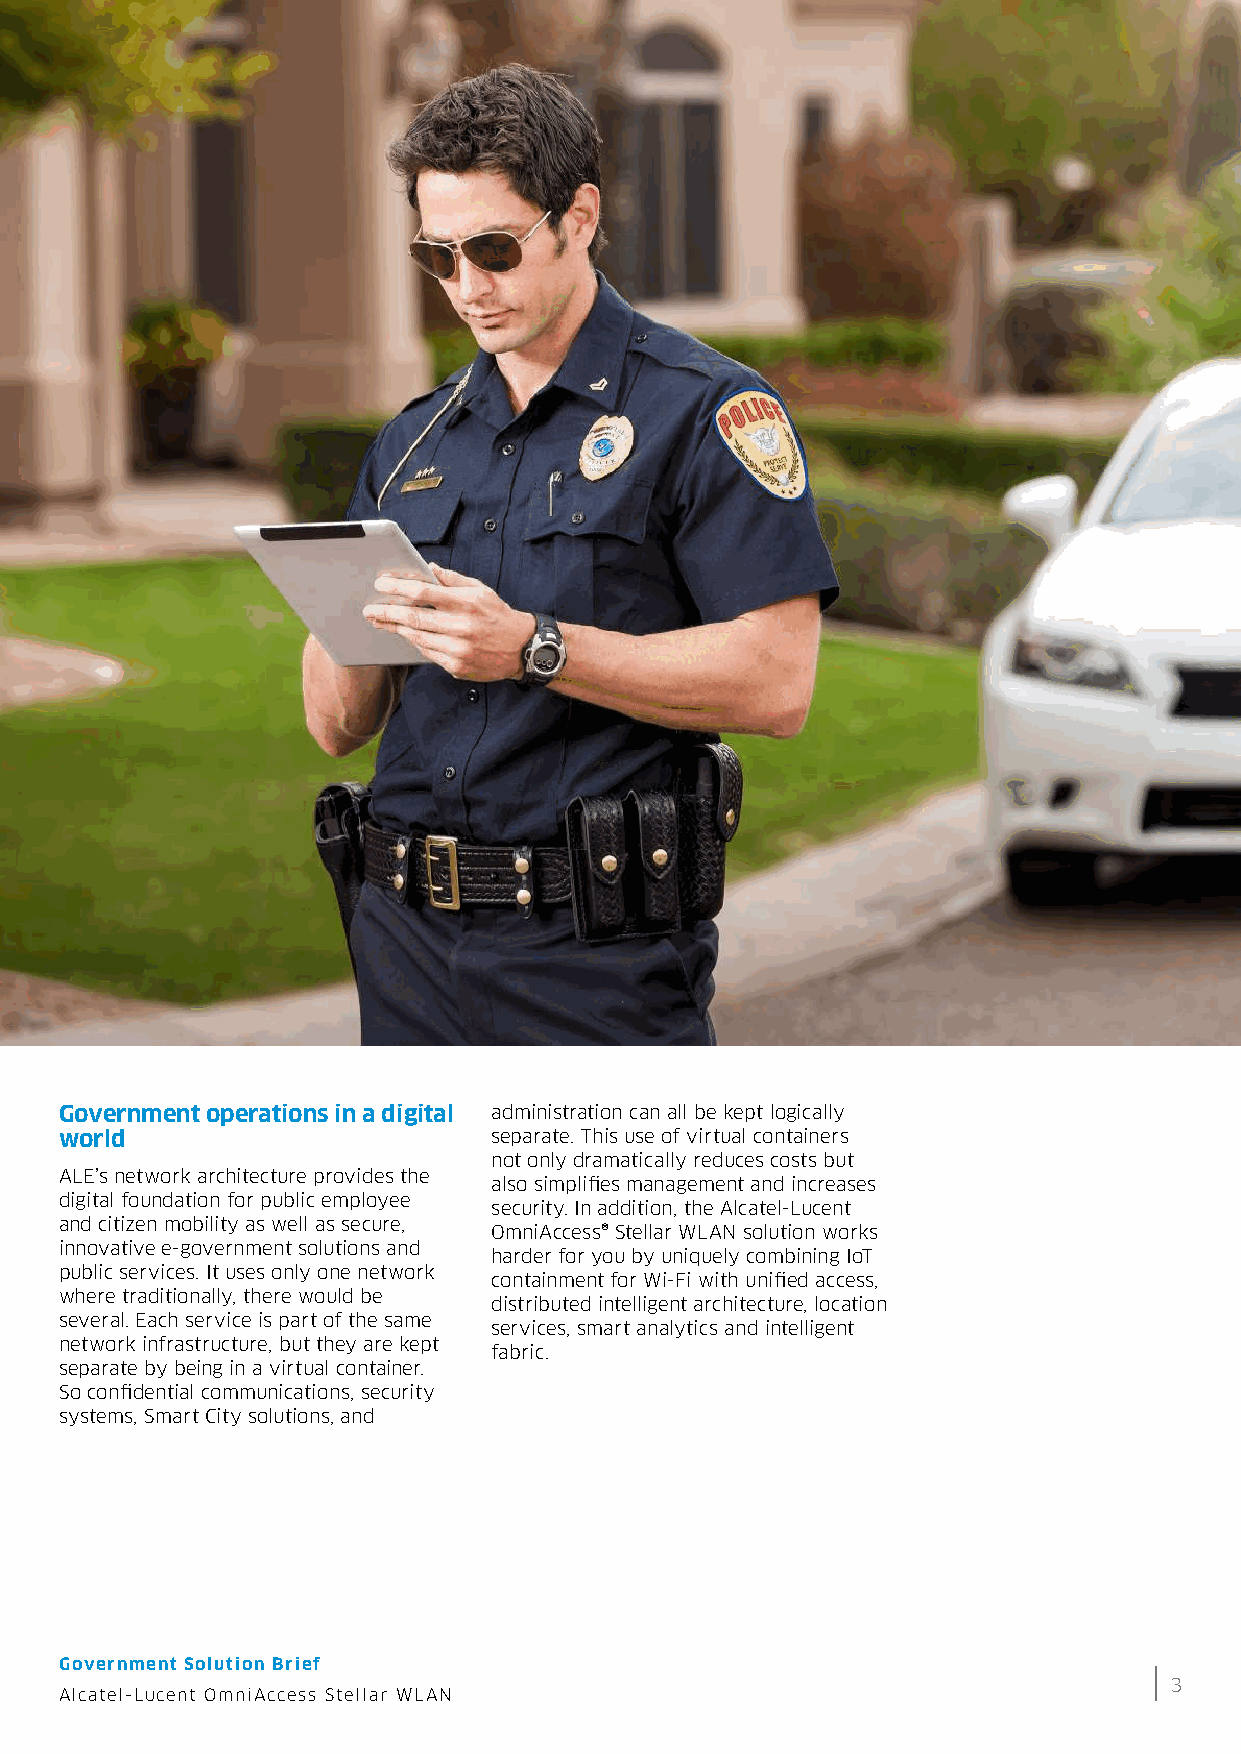
Government operations in a digital administration can all be kept logically
 world                       separate. This use of virtual containers
 not only dramatically reduces costs but
 ALE’s network architecture provides the
 also simplifies management and increases
 digital foundation for public employee
 security. In addition, the Alcatel-Lucent
 and citizen mobility as well as secure,
 OmniAccess® Stellar WLAN solution works
 innovative e-government solutions and
 harder for you by uniquely combining IoT
 public services. It uses only one network
 containment for Wi-Fi with unified access,
 where traditionally, there would be
 distributed intelligent architecture, location
 several. Each service is part of the same
 services, smart analytics and intelligent
 network infrastructure, but they are kept
 fabric.
 separate by being in a virtual container.
 So confidential communications, security
 systems, Smart City solutions, and
 Government Solution Brief
 3
 Alcatel-Lucent OmniAccess Stellar WLAN